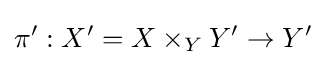
\pi ':X'=X\times _{Y}Y'\to Y'